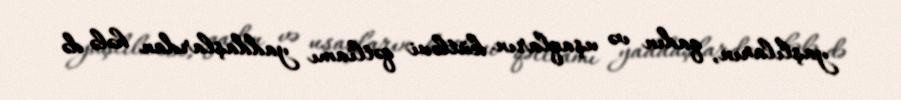
yaşlıların, qadın və uşaqların kütləvi qətliamı yaddaşlardan hələ də